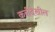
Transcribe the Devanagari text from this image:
कवीदेखील